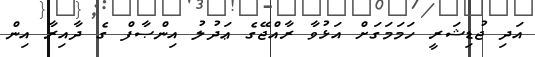
އަދި ޖުޑިޝަރީ ހަމަމަގަށް އަޅުވާ ރާއްޖޭގެ ޢަދުލު އިންޞާފް ގެ ދާއިރާ އިން